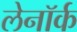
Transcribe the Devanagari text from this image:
लेनॉर्क